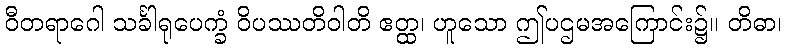
ဝီတရာဂေါ သင်္ခါရုပေက္ခံ ဝိပဿတိဝါတိ ဧတ္ထ၊ ဟူသော ဤပဌမအကြောင်း၌။ တိဓာ၊